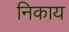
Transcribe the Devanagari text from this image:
निकाय